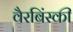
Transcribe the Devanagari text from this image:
वैरबिंस्की